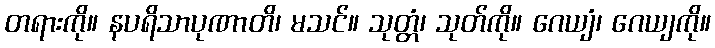
တရားကို။ နပရိသာပုဏာတိ၊ မသင်။ သုတ္တံ၊ သုတ်ကို။ ဂေယျံ၊ ဂေယျကို။